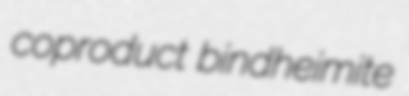
coproduct bindheimite